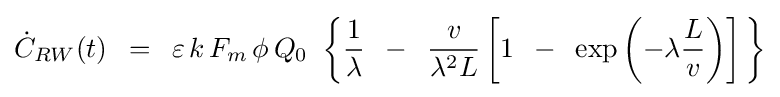
{\dot {C}}_{RW}(t)\,\,\,=\,\,\,\varepsilon \,k\,F_{m}\,\phi \,Q_{0}\,\,\left\{{{1 \over \lambda }\,\,\,-\,\,\,{v \over {\lambda ^{2}L}}\left[{1\,\,\,-\,\,\,\exp \left({-\lambda {L \over v}}\right)}\right]\,}\right\}